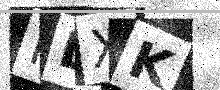
Text: HDXK